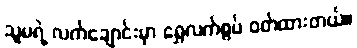
သူမရဲ့ လက်ချောင်းမှာ ရွှေလက်စွပ် ဝတ်ထားတယ်။